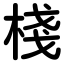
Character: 棧